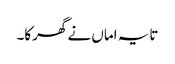
تایہ اماں نے گھرکا۔